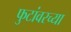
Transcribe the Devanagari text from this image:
फुटांवरच्या